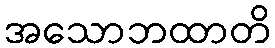
အသောဘထာတိ